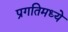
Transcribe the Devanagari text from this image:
प्रगतिमध्ये